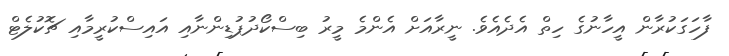
ފާހަގަކުރާން އީހާނުގެ ހިތް އެދެއެވެ. ނީރާއަށް އެންމެ މީރު ބިސްކޯދުޕުޑިންނާއި އައިސްކުރީމާއި ޗޮކުލެޓް